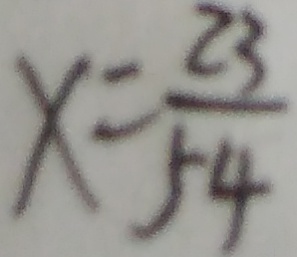
x = \frac { 2 3 } { 5 4 }